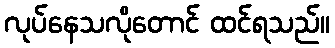
လုပ်နေသလိုတောင် ထင်ရသည်။